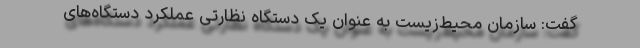
گفت: سازمان محیط‌زیست به عنوان یک دستگاه نظارتی عملکرد دستگاه‌های